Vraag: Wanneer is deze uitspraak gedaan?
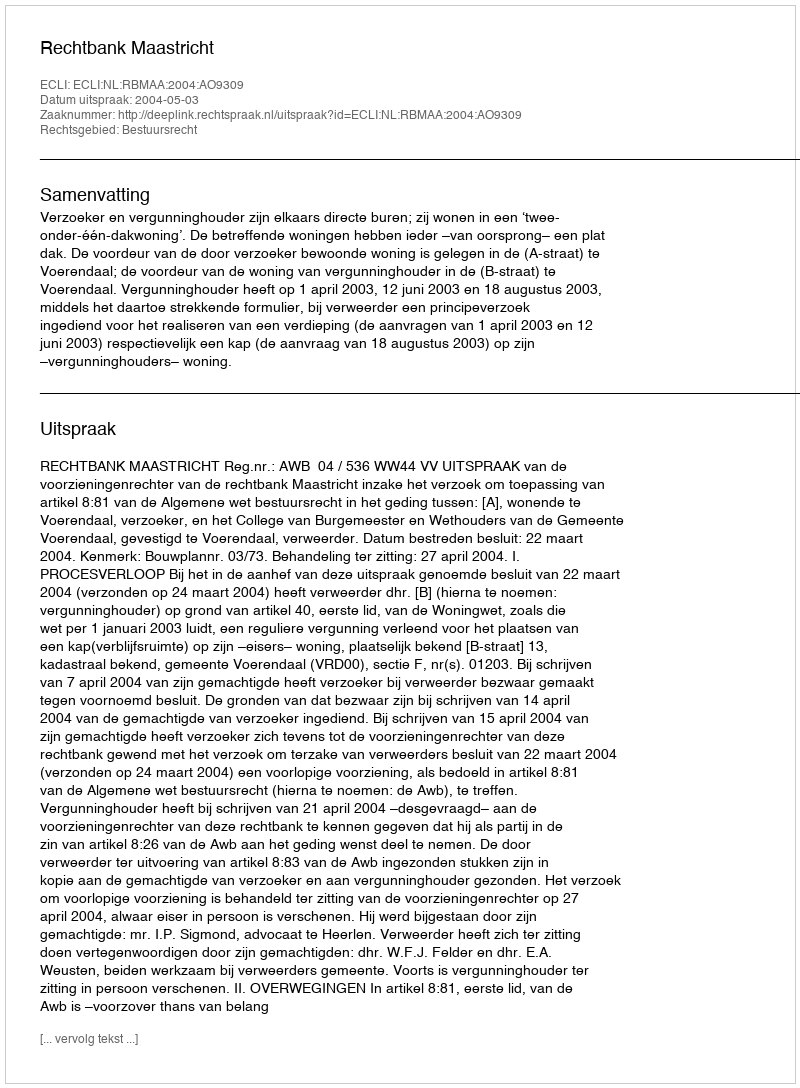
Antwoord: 2004-05-03